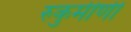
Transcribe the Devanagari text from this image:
रुकुमीणी